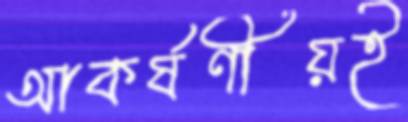
আকর্ষণীয়ই